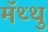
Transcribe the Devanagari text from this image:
मॅथ्थु